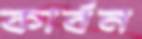
কার্বন